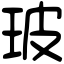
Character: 玻